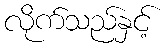
လိုက်သည်နှင့်